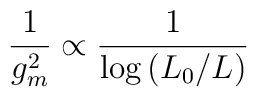
{1\over g_{m}^2}\propto {1\over\log{(L_0/L)}}